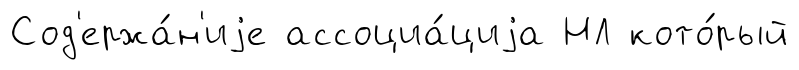
Сод'ержа́н'иjе ассоциа́циjа НЛ кото́рый